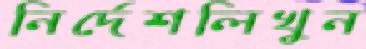
নির্দেশলিখুন